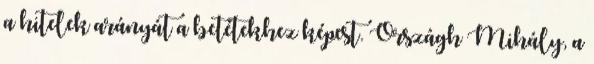
a hitelek arányát a betétekhez képest. Országh Mihály, a